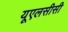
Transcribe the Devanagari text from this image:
यूएलसीसी